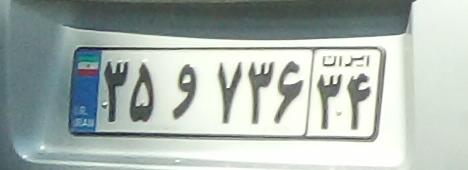
۲۵و۷۲۶۲۴